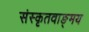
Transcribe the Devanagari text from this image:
संस्कृतवाङ्‌मय